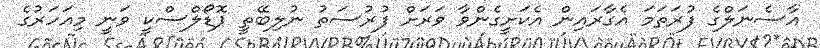
އާސެނަލްގެ ފުރަތަމަ އެގާރައިން އެކަށީގެންވާ ވަރަށް ފުރުސަތު ނުލިބޭތީ ޕޮޑޯލްސްކީ ވަނީ މިއަހަރުގެ